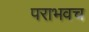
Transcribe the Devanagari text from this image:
पराभवच